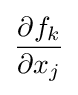
{\frac {\partial f_{k}}{\partial x_{j}}}